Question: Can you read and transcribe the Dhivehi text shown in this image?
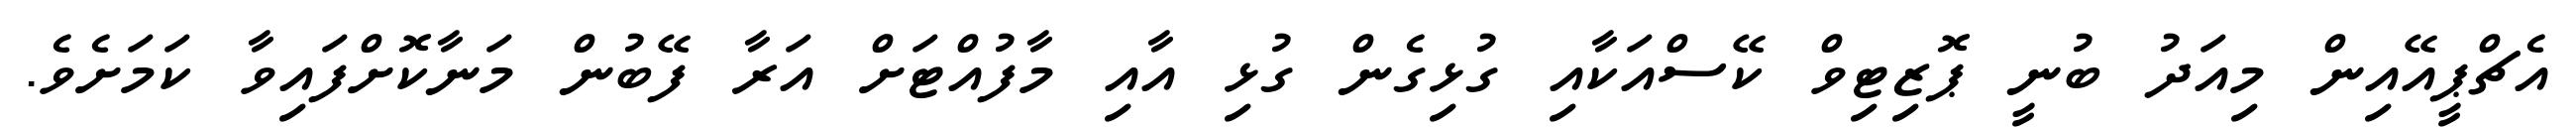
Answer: އެޗްޕީއޭއިން މިއަދު ބުނީ ޕޮޒިޓިވް ކޭސްއަކާއި ގުޅިގެން ގުޅި އާއި މާފުއްޓަށް އަރާ ފޭބުން މަނާކޮށްފައިވާ ކަމަށެވެ.